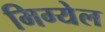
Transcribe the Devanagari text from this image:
मिग्येल